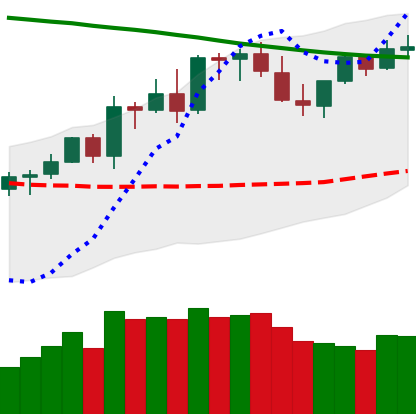
Ticker: LTC-USD
Chart end date: 2021-08-23
Forward return: -6.228%
Label: down_5_7